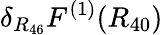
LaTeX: \delta_{R_{46}}F^{(1)}(R_{40})